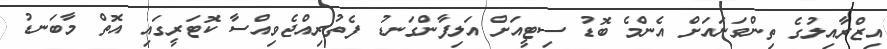
އިޒްރާއިލުގެ ތިންވަނައަށް އެންމެ ބޮޑު ސިޓީއަށް އަލިފާންގަނޑު ފެތުރިއްޖެވިއްސާ ކޮޓަރީގައި އޮތް މާބަނޑު